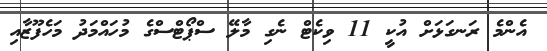
އެންމެ ރަނގަޅަށް އުކީ 11 ވިކެޓް ނެގި މާލޭ ސްޕޯޓްސްގެ މުހައްމަދު މަހެފޫޒާއި